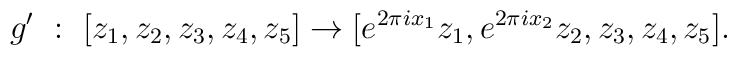
g^{\prime} \ : \ [z_{1}, z_{2}, z_{3},z_{4},z_{5} ] \rightarrow[ e^{2 \pi i x_{1}}{z_{1}},e^{2 \pi i x_{2}}{z_{2}},z_{3}, z_{4}, z_{5} ].